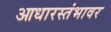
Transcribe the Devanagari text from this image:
आधारस्तंभावर